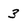
Character: 3